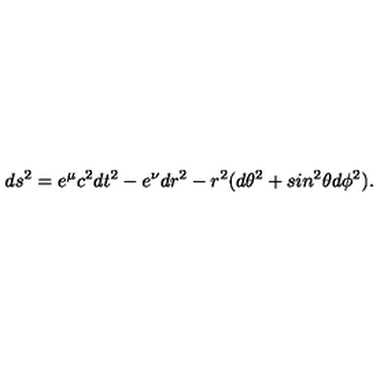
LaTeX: d s ^ { 2 } = e ^ { \mu } c ^ { 2 } d t ^ { 2 } - e ^ { \nu } d r ^ { 2 } - r ^ { 2 } ( d \theta ^ { 2 } + s i n ^ { 2 } \theta d \phi ^ { 2 } ) .